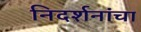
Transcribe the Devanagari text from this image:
निदर्शनांचा